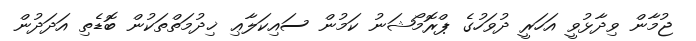
ޖުމާން ވިދާޅުވީ އަހަރީ ދުވަހުގެ ޕްރޮމޯޝަނު ކަމުން ސައިކަލާޢި ޚިދުމަތްތަކުން ބޮޑެތި އަދަދުން